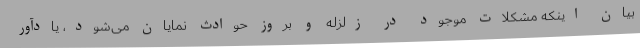
بیان اینکه مشکلات موجود در زلزله و بروز حوادث نمایان می‌شود، یادآور